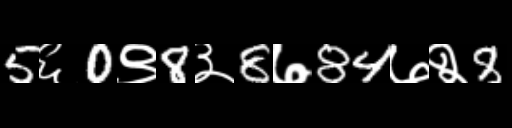
Text: 5६0९8३8७84७२8